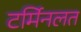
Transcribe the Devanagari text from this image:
टर्मिनलत